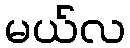
မယ်လ